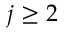
j \geq 2